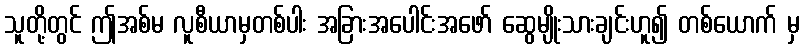
သူတို့တွင် ဤအစ်မ လူစီယာမှတစ်ပါး အခြားအပေါင်းအဖော် ဆွေမျိုးသားချင်းဟူ၍ တစ်ယောက် မှ